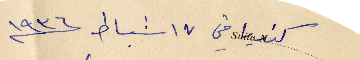
كنديا في ١٧ شباط ١۹۳٦